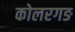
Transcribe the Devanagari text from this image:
कोलरगङ